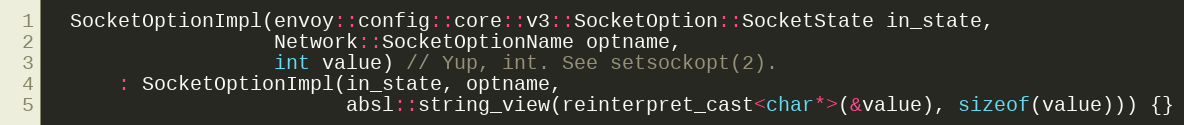
Language: C
  SocketOptionImpl(envoy::config::core::v3::SocketOption::SocketState in_state,
                   Network::SocketOptionName optname,
                   int value) // Yup, int. See setsockopt(2).
      : SocketOptionImpl(in_state, optname,
                         absl::string_view(reinterpret_cast<char*>(&value), sizeof(value))) {}